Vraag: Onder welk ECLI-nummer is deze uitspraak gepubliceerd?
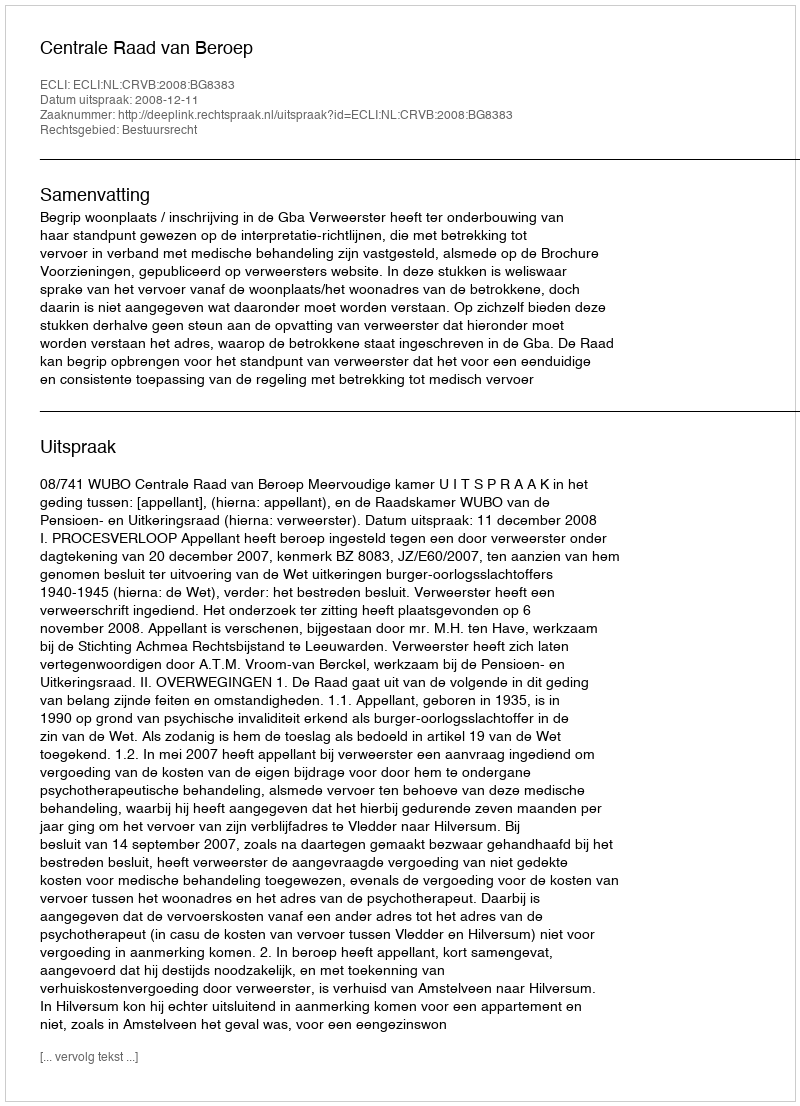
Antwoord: ECLI:NL:CRVB:2008:BG8383